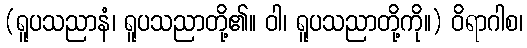
(ရူပသညာနံ၊ ရူပသညာတို့၏။ ဝါ၊ ရူပသညာတို့ကို။) ဝိရာဂါစ၊